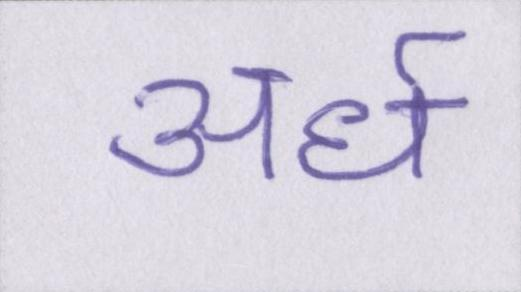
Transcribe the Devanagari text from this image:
अर्ध